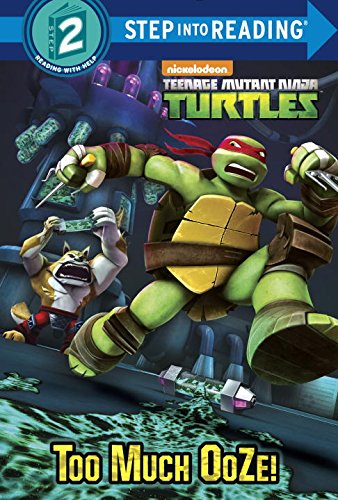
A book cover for Too Much Ooze! (Teenage Mutant Ninja Turtles) (Step into Reading); Random House; Children's Books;